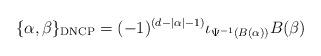
LaTeX: \begin{align*}\{\alpha, \beta\}_{\mathrm{DNCP}}= (-1)^{(d-|\alpha|-1)} \iota_{\Psi^{-1}(B(\alpha))} B(\beta)\end{align*}